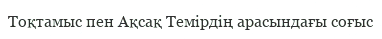
Тоқтамыс пен Ақсақ Темірдің арасындағы соғыс